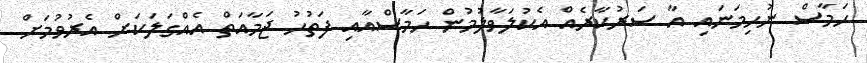
ހަމާސް ނުހިމަނައި އާ ސަރުކާރެއް އެކުލަވާލުމުން ހަމާސްއާއި ފަތުހު ޖަމާއަތް އެއްގަލަކަށް އެރުވުމަށް